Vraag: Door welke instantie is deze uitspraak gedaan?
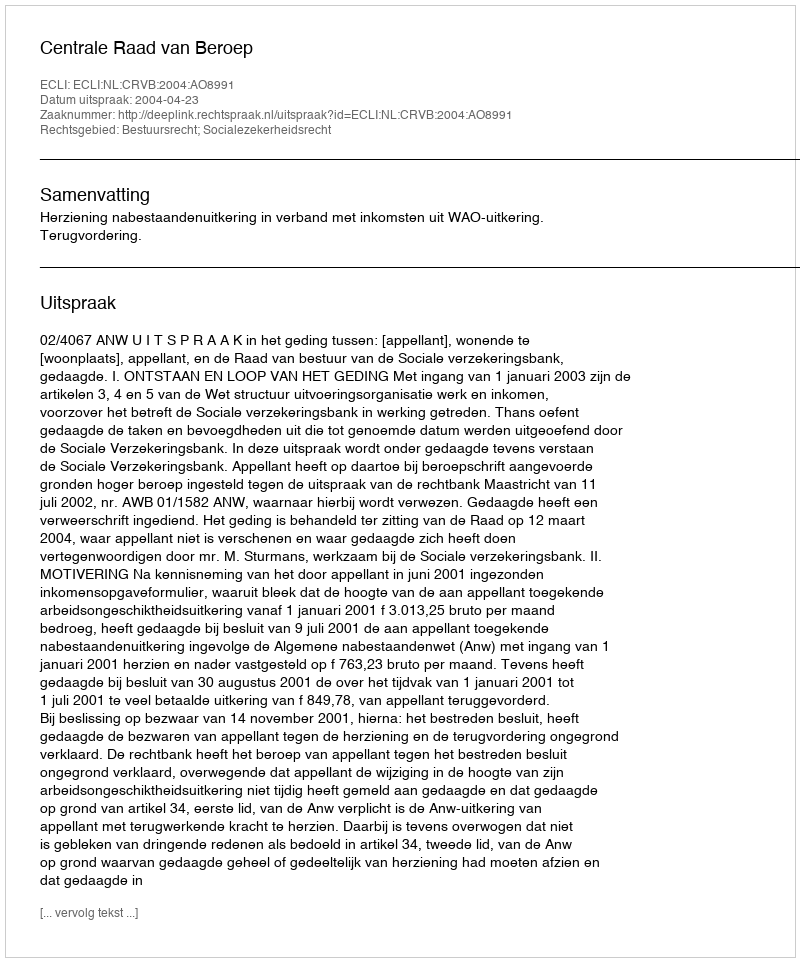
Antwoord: Centrale Raad van Beroep